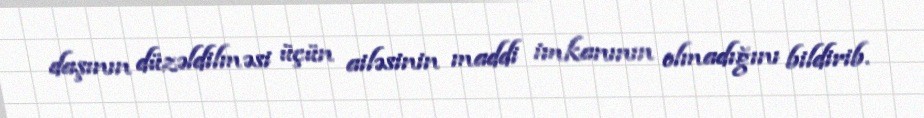
daşının düzəldilməsi üçün ailəsinin maddi imkanının olmadığını bildirib.